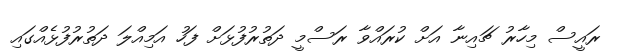
ރައީސް މިހާރު ޗައިނާ އަށް ކުރައްވާ ރަސްމީ ދަތުރުފުޅަށް ފަހު އަމިއްލަ ދަތުރުފުޅެއްގައި